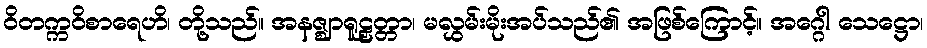
ဝိတက္ကဝိစာရေဟိ၊ တို့သည်။ အနဇ္ဈာရူဠှတ္တာ၊ မလွှမ်းမိုးအပ်သည်၏ အဖြစ်ကြောင့်။ အဂ္ဂေါ သေဋ္ဌော၊